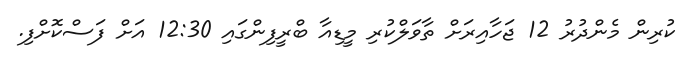
ކުރިން މެންދުރު 12 ޖަހާއިރަށް ތާވަލްކުރި މީޑިއާ ބްރީފިންގައި 12:30 އަށް ފަސްކޮށްފި.